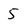
Character: 5